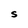
Character: S